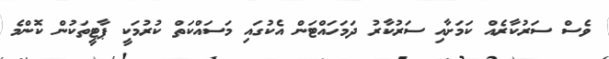
ވެސް ސަރުކާރެއް ކަމަށާއި ސަރުކާރު ދަމަހައްޓަން އެކުގައި މަސައްކަތް ކުރުމަކީ ޕާޓީތަކުން ކޮންމެ